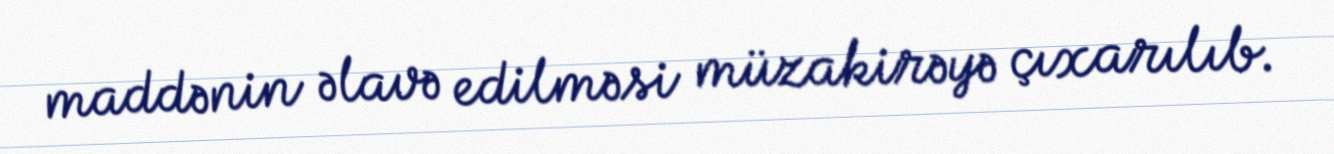
maddənin əlavə edilməsi müzakirəyə çıxarılıb.